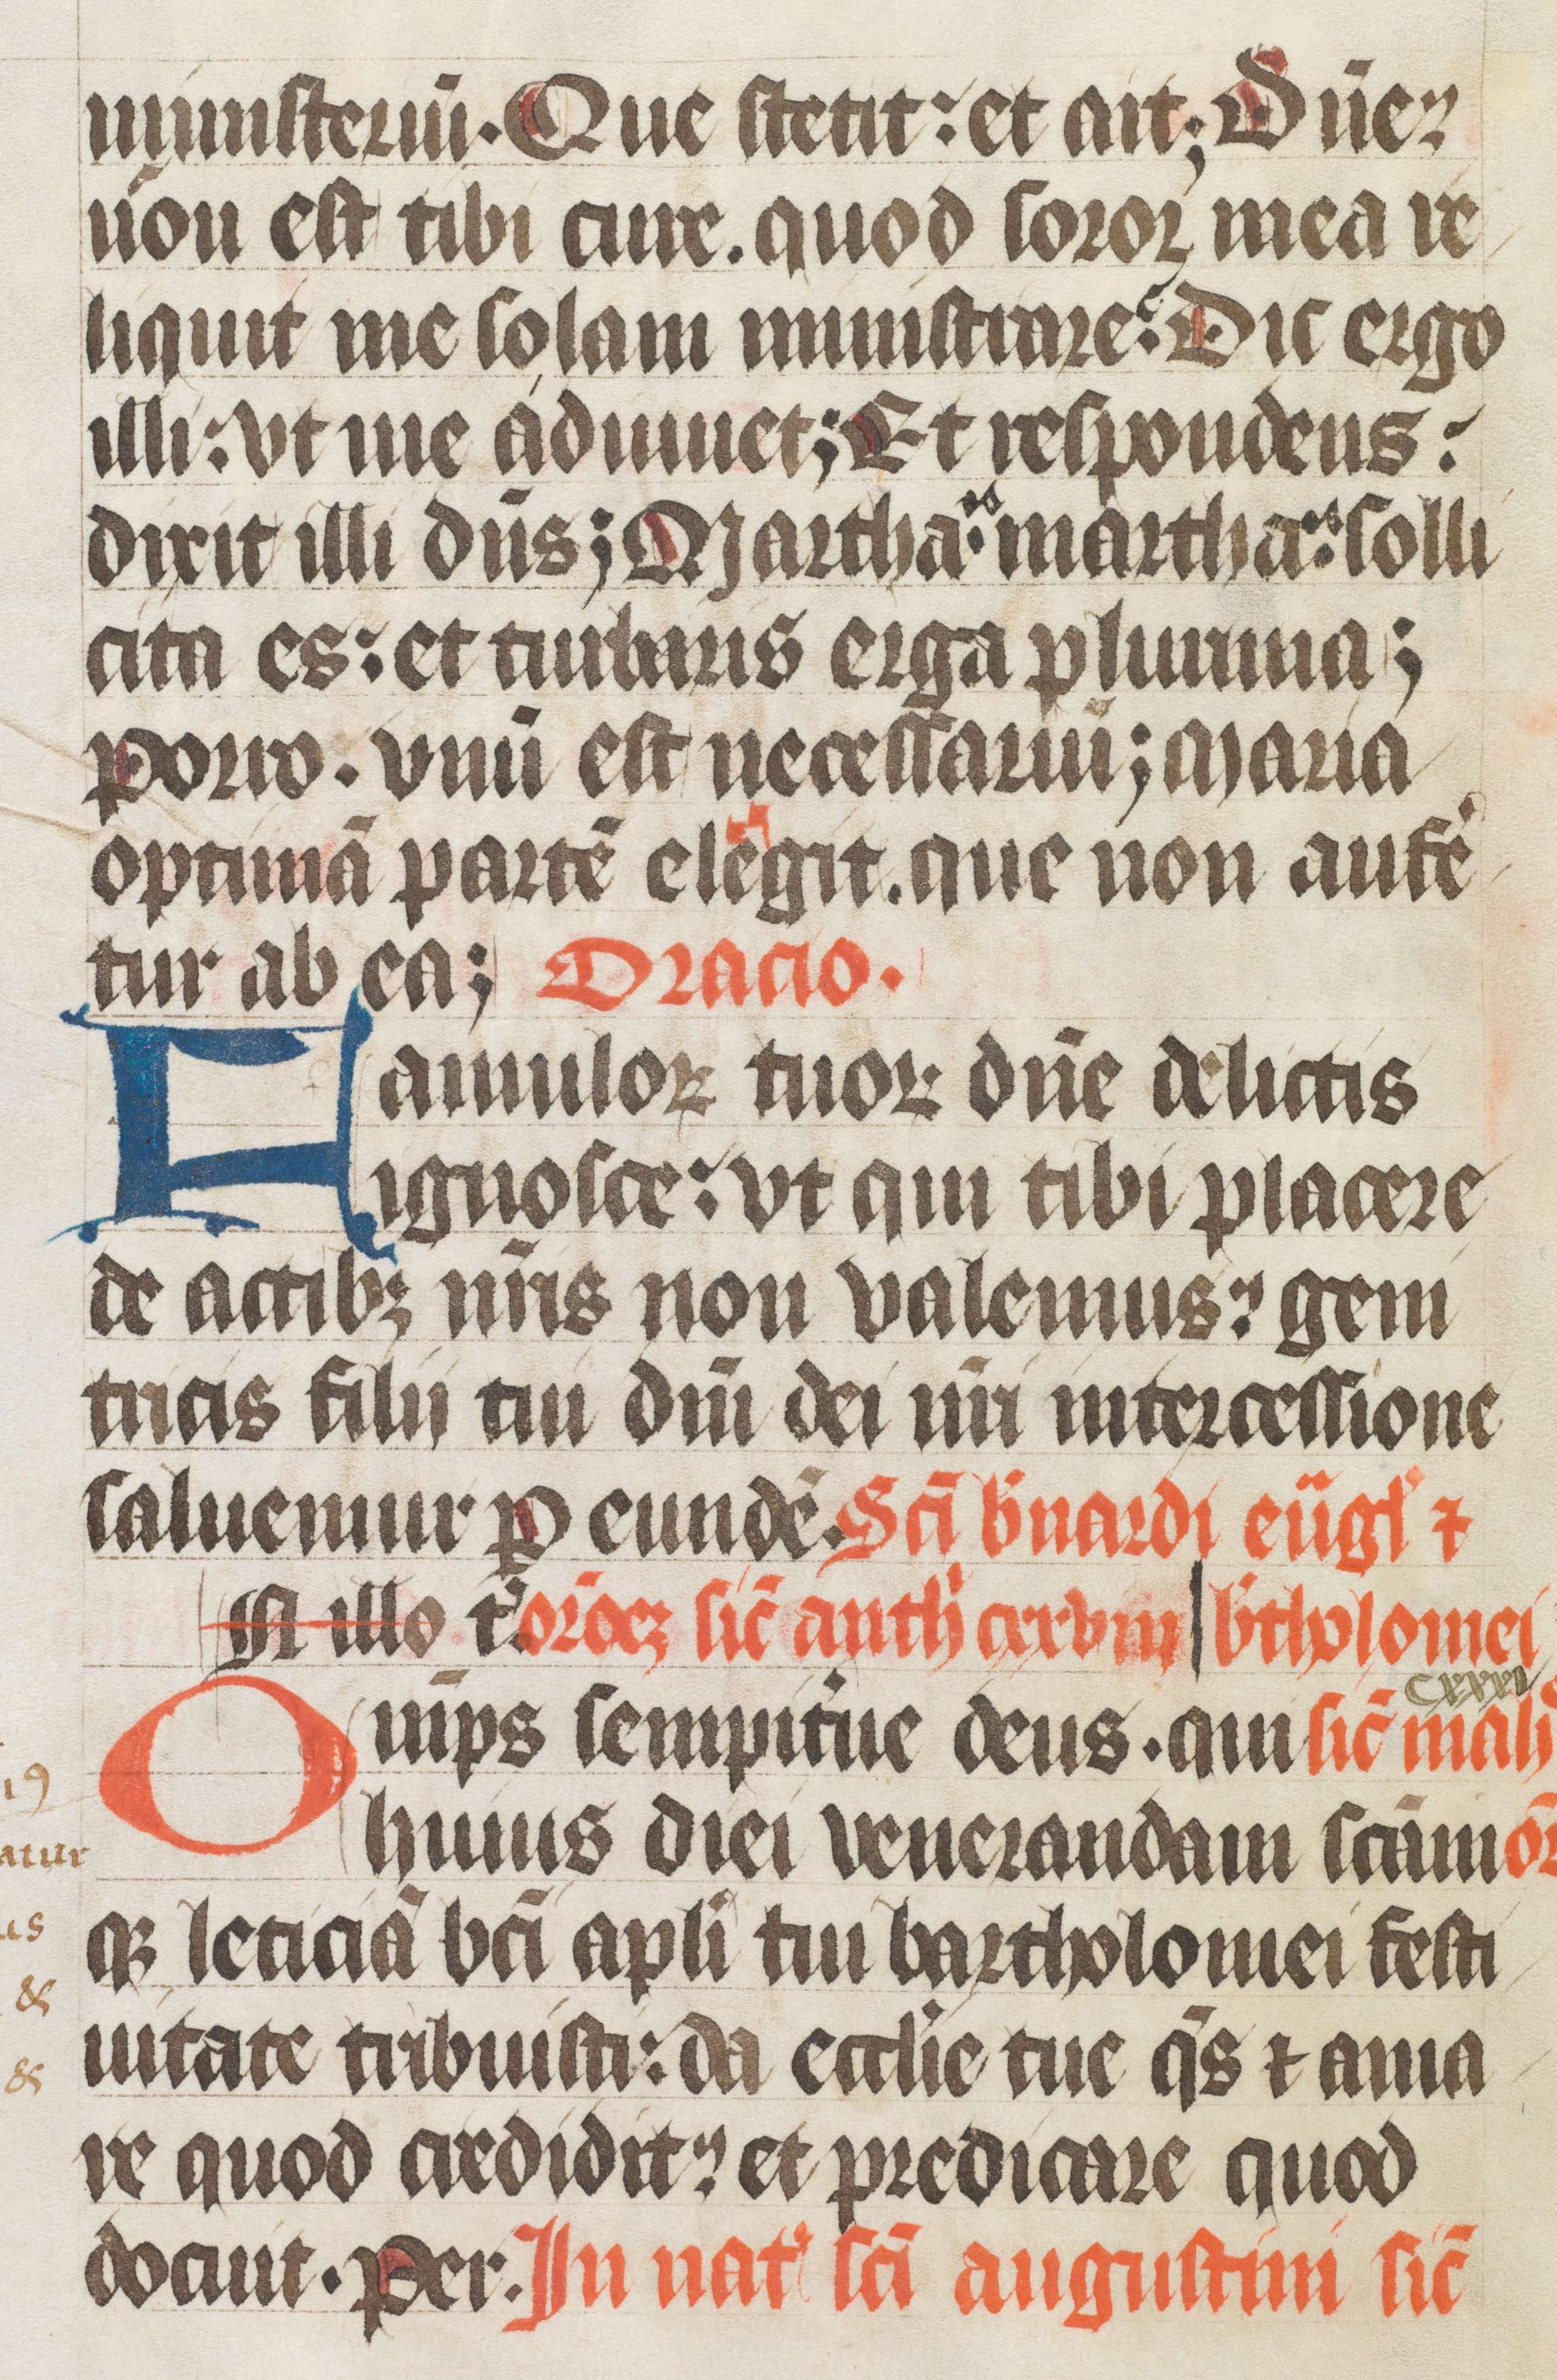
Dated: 1400–1499